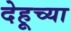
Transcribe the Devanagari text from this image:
देहूच्या